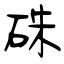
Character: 硃